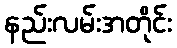
နည်းလမ်းအတိုင်း